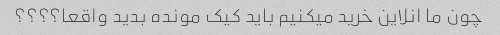
چون ما انلاین خرید میکنیم باید کیک مونده بدید واقعا؟؟؟؟